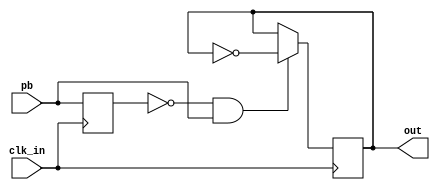
module ToggleFlipFlop (	clk_in,
								pb,
								out);

input		clk_in;
input		pb;
output	out;

reg		out =0; 
reg		pb_old =0;

always @(posedge clk_in) begin
	if (!pb_old & pb) begin
		out = !out;
	end
	pb_old = pb;
end

endmodule